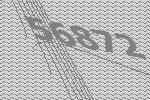
56872